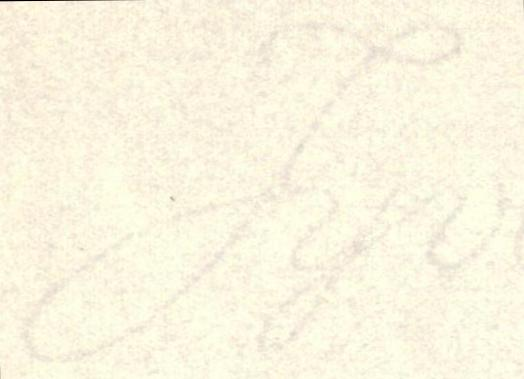
Jyv